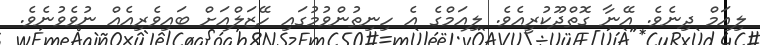
ލިއަމް ދިނެވެ. އޭނާ ގޮތްދޫކުރީއެވެ. ލިއަމްގެ އެ ހިނިތުންވުމުގައި ހޭޒަލްއަށް ބައިވެރިއެއް ނުވެވުނެވެ.